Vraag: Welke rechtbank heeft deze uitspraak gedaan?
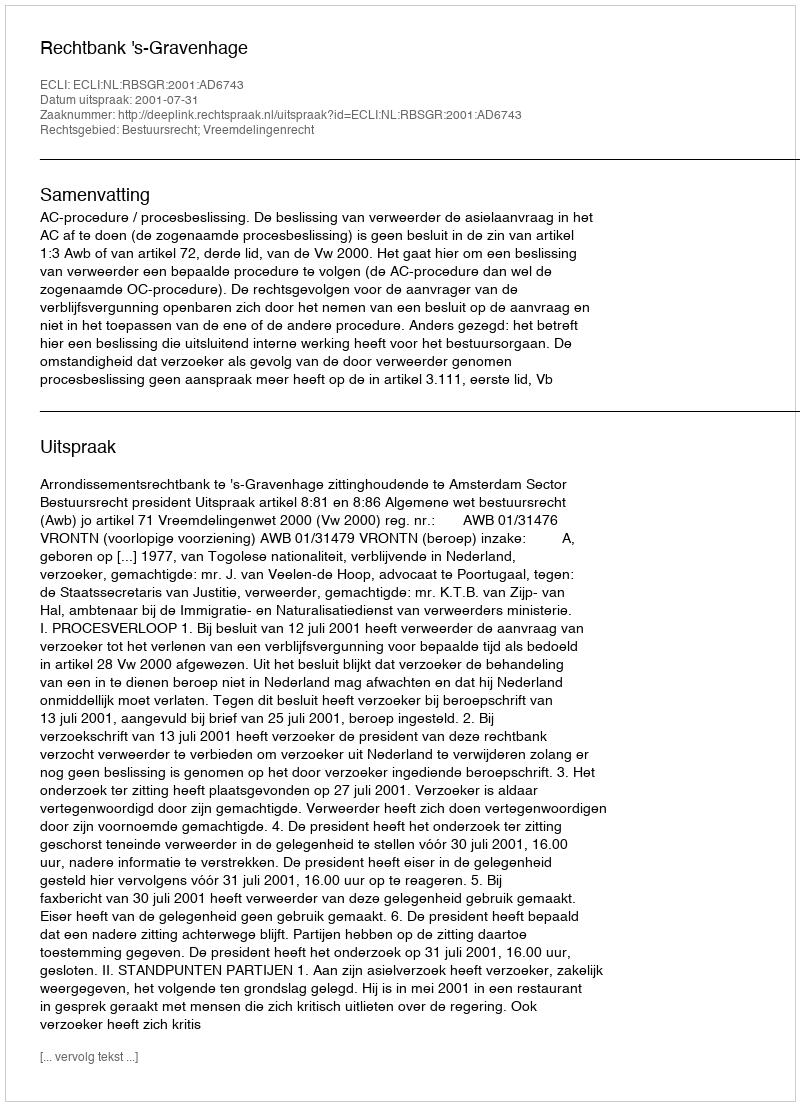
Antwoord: Rechtbank 's-Gravenhage